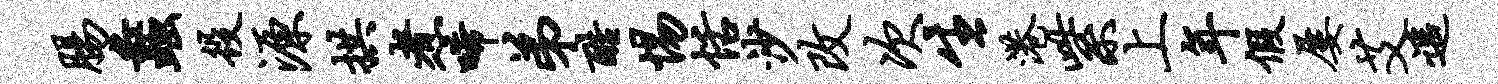
肠蠡役源拱煮唏弟酷惕恬沙改次生港紫上年假屡艾遥